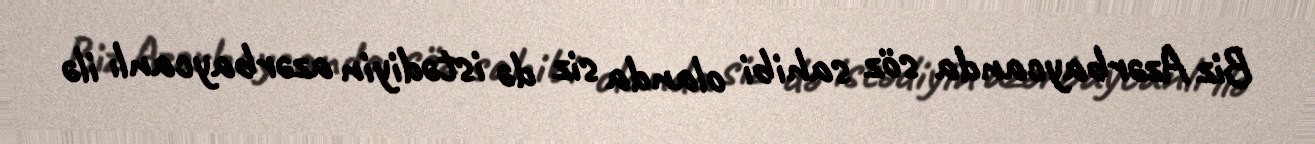
Biz Azərbaycanda söz sahibi olanda siz də istədiyin azərbaycanlı ilə